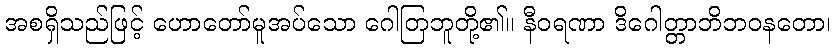
အစရှိသည်ဖြင့် ဟောတော်မူအပ်သော ဂေါတြဘူတို့၏။ နီဝရဏာ ဒိဂေါတ္တာဘိဘဝနတော၊